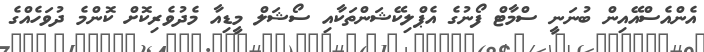
އެންއެސްއޭއިން ބުނަނީ ސްމާޓް ފޯނުގެ އެޕްލިކޭޝަންތަކާއި ސޯޝަލް މީޑިއާ މެދުވެރިކޮށް ކޮންމެ ދުވަހެއްގެ